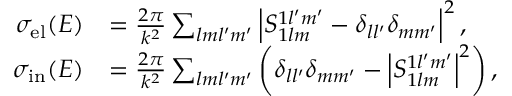
\begin{array} { r l } { \sigma _ { \mathrm { e l } } ( E ) } & { = \frac { 2 \pi } { k ^ { 2 } } \sum _ { l m l ^ { \prime } m ^ { \prime } } \left| S _ { 1 l m } ^ { 1 l ^ { \prime } m ^ { \prime } } - \delta _ { l l ^ { \prime } } \delta _ { m m ^ { \prime } } \right| ^ { 2 } , } \\ { \sigma _ { \mathrm { i n } } ( E ) } & { = \frac { 2 \pi } { k ^ { 2 } } \sum _ { l m l ^ { \prime } m ^ { \prime } } \left( \delta _ { l l ^ { \prime } } \delta _ { m m ^ { \prime } } - \left| S _ { 1 l m } ^ { 1 l ^ { \prime } m ^ { \prime } } \right| ^ { 2 } \right) , } \end{array}